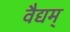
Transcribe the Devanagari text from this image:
वैद्यम्